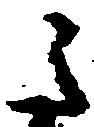
之